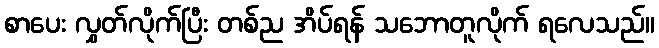
စာပေး လွှတ်လိုက်ပြီး တစ်ည အိပ်ရန် သဘောတူလိုက် ရလေသည်။